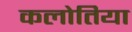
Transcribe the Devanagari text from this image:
कलोतिया